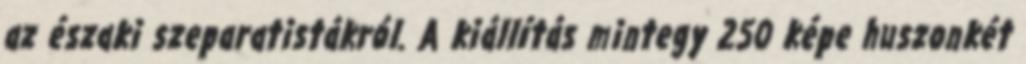
az északi szeparatistákról. A kiállítás mintegy 250 képe huszonkét